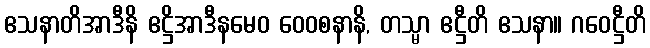
ဧသနာတိအာဒီနိ ဧဋ္ဌိအာဒီနမေဝ ဝေဝစနာနိ, တသ္မာ ဧဋ္ဌီတိ ဧသနာ။ ဂဝေဋ္ဌီတိ